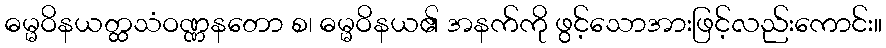
ဓမ္မဝိနယတ္ထသံဝဏ္ဏနတော စ၊ ဓမ္မဝိနယ၏ အနက်ကို ဖွင့်သောအားဖြင့်လည်းကောင်း။